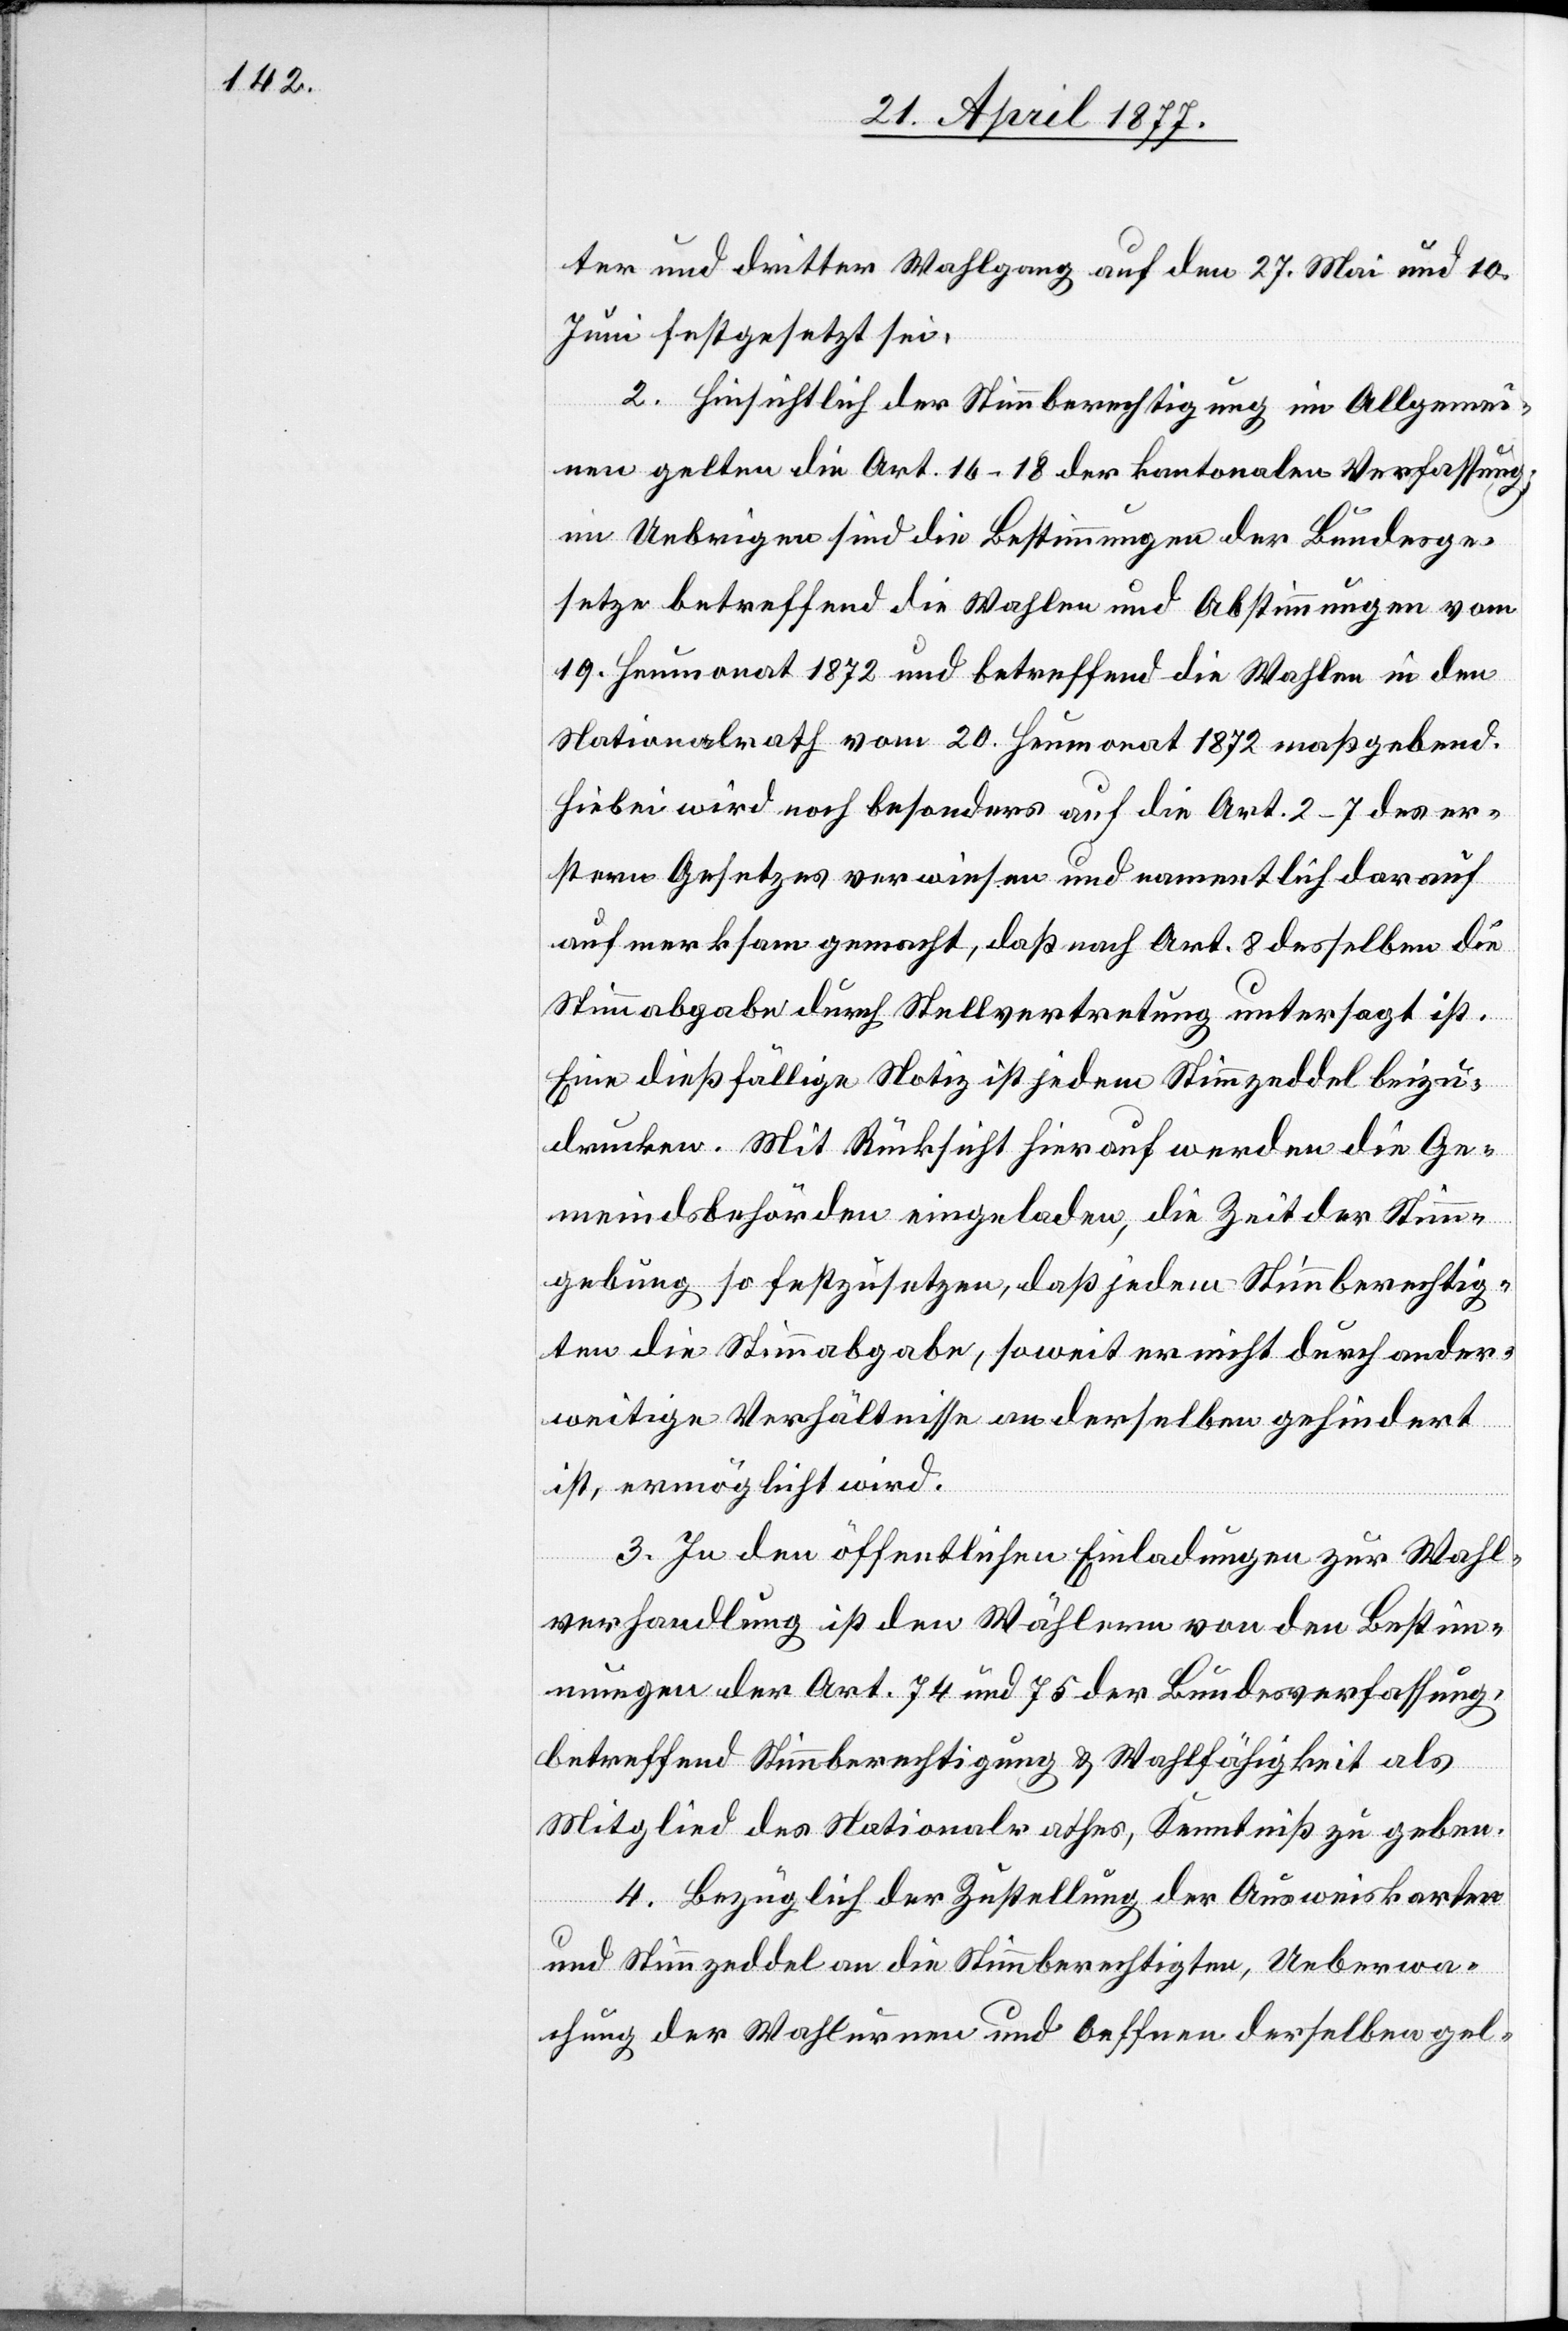
ter und dritter Wahlgang auf den 27. Mai und 10.
Juni festgesetzt sei.
2. Hinsichtlich der Stimmberechtigung im Allgemei¬
nen gelten die Art. 16–18 der kantonalen Verfassung;
im Uebrigen sind die Bestimmungen der Bundesge¬
setze betreffend die Wahlen und Abstimmungen vom
19. Heumonat 1872 und betreffend die Wahlen in den
Nationalrath vom 20. Heumonat 1872 maßgebend.
Hiebei wird noch besonders auf die Art. 2–7 des er¬
stern Gesetzes verwiesen und namentlich darauf
aufmerksam gemacht, daß nach Art. 8 desselben die
Stimmabgabe durch Stellvertretung untersagt ist.
Eine dießfällige Notiz ist jedem Stimmzeddel beizu¬
drucken. Mit Rücksicht hierauf werden die Ge¬
meindsbehörden eingeladen, die Zeit der Stimm¬
gebung so festzusetzen, daß jedem Stimmberechtig¬
ten die Stimmabgabe, soweit er nicht durch ander¬
weitige Verhältnisse an derselben gehindert
ist, ermöglicht wird.
3. In den öffentlichen Einladungen zur Wahl¬
verhandlung ist den Wählern von den Bestim¬
mungen der Art. 74 und 75 der Bundesverfassung,
betreffend Stimmberechtigung & Wahlfähigkeit als
Mitglied des Nationalrathes, Kenntniß zu geben.
4. Bezüglich der Zustellung der Ausweiskarten
und Stimmzeddel an die Stimmberechtigten, Ueberwa¬
chung der Wahlurnen und Oeffnen derselben gel-